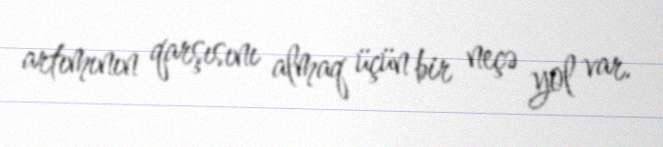
artımının qarşısını almaq üçün bir neçə yol var.